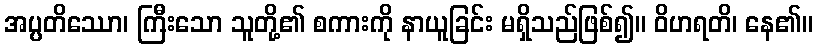
အပ္ပတိဿော၊ ကြီးသော သူတို့၏ စကားကို နာယူခြင်း မရှိသည်ဖြစ်၍။ ဝိဟရတိ၊ နေ၏။